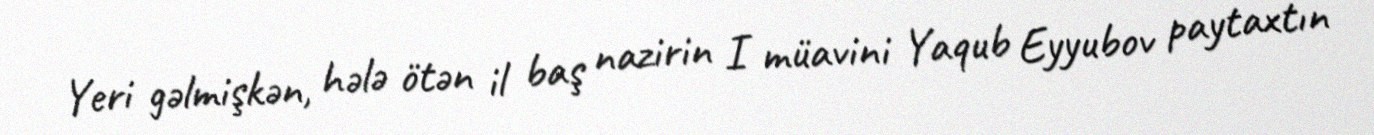
Yeri gəlmişkən, hələ ötən il baş nazirin I müavini Yaqub Eyyubov paytaxtın